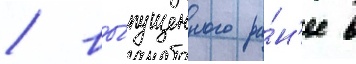
/ вы́пущенного ра́н'ее в